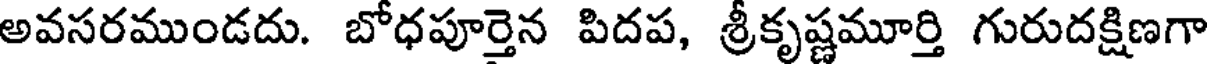
అవసరముండదు. బోధపూర్తెన పిదప, శ్రీకృష్ణమూర్తి గురుదక్షిణగా